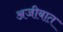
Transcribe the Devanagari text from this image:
अजीबात